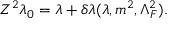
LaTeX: Z ^ { 2 } \lambda _ { 0 } = \lambda + \delta \lambda ( \lambda , m ^ { 2 } , \Lambda _ { F } ^ { 2 } ) .